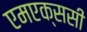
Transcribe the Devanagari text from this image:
एमएक्ससी